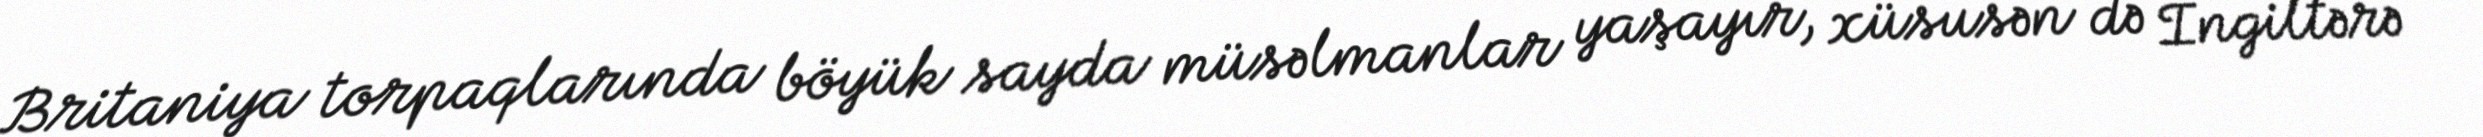
Britaniya torpaqlarında böyük sayda müsəlmanlar yaşayır, xüsusən də İngiltərə